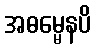
အဓမ္မေနပိ